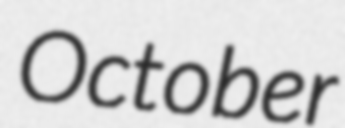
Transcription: October